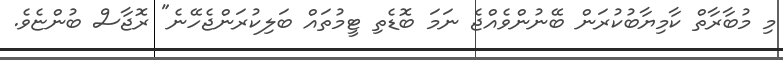
މި މުބާރާތް ކާމިޔާބުކުރަން ބޭނުންވެއްޖެ ނަމަ ބޮޑެތި ޓީމުތައް ބަލިކުރަންޖެހޭނެ" ރޮޖާސް ބުންޏެވެ.